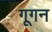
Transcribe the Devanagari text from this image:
गूगन